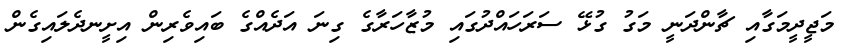
މަޖީދީމަގާއި ޗާންދަނީ މަގު ގުޅޭ ސަރަހައްދުގައި މުޒާހަރާގެ ގިނަ އަދެއްގެ ބައިވެރިން އިށީނދެލައިގެން